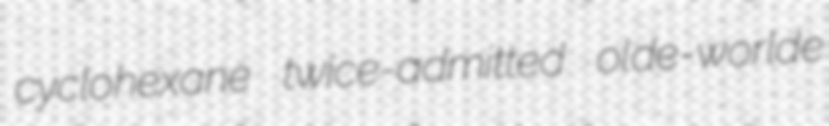
cyclohexane twice-admitted olde-worlde